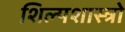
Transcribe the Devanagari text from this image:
शिल्पशास्त्रो